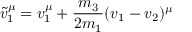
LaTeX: \tilde { v } _ { 1 } ^ { \mu } = v _ { 1 } ^ { \mu } + \frac { m _ { 3 } } { 2 m _ { 1 } } ( v _ { 1 } - v _ { 2 } ) ^ { \mu }